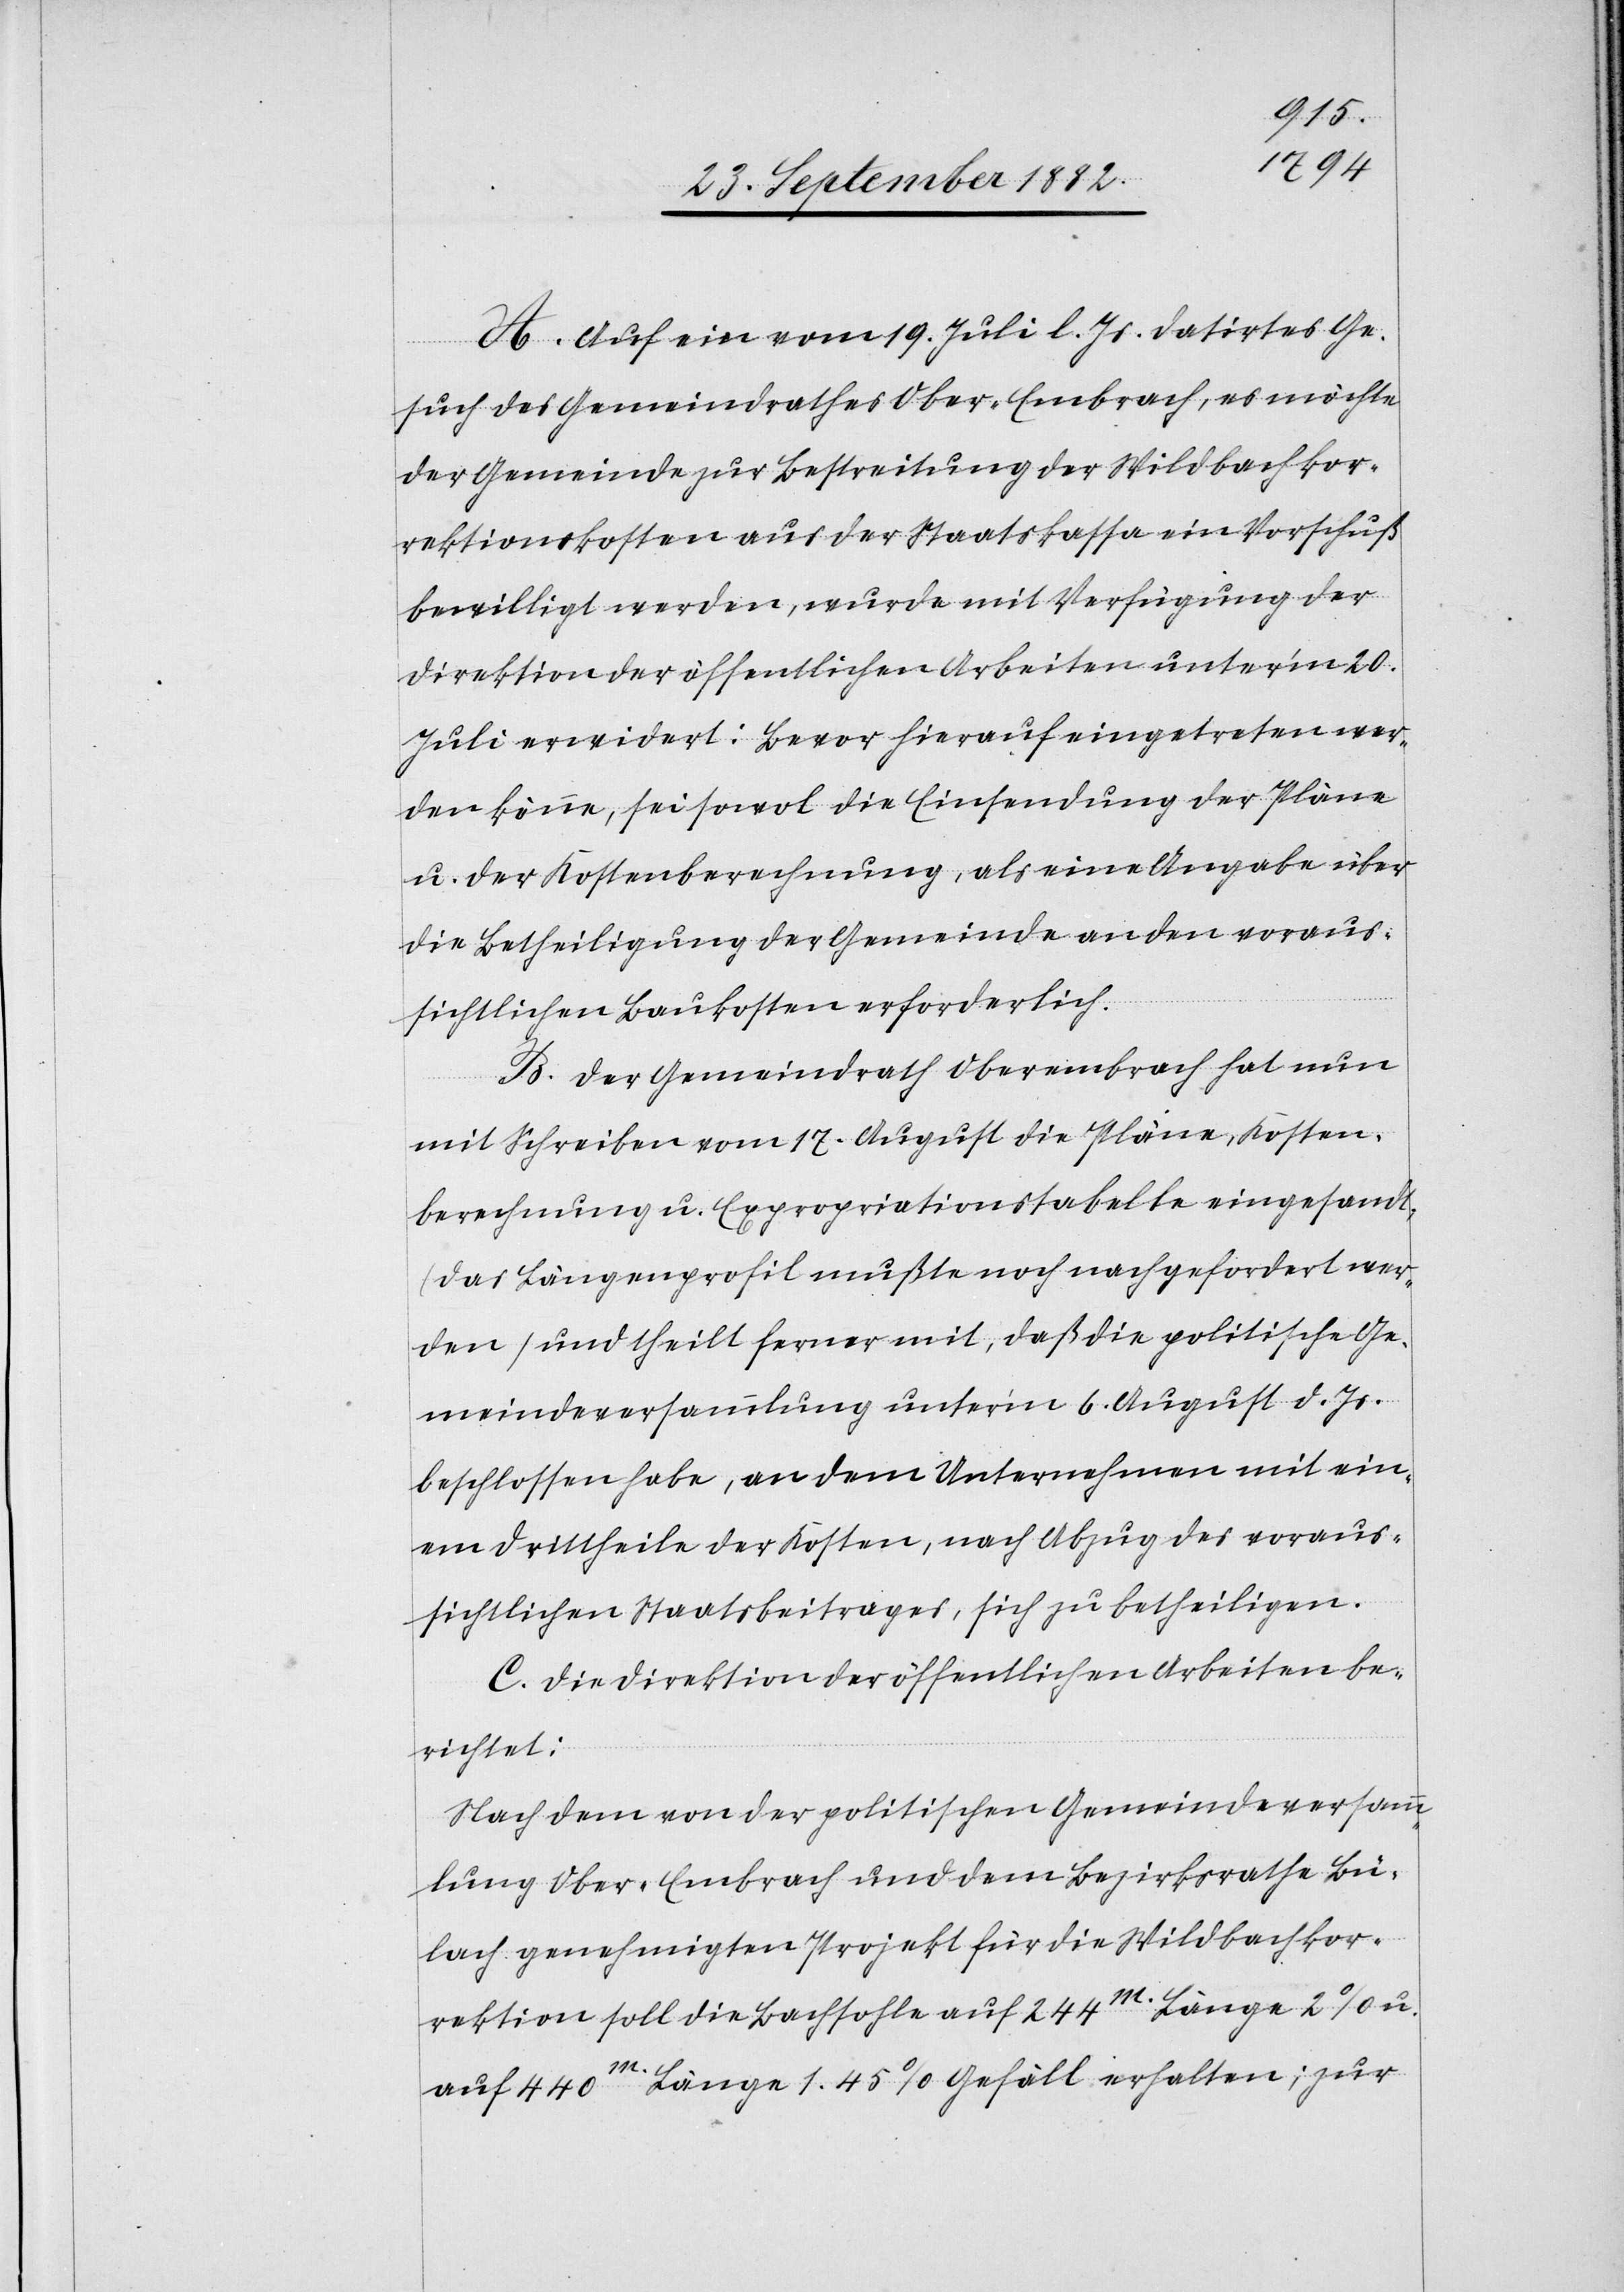
A. Auf ein vom 19. Juli d. Js. datirtes Ge¬
such des Gemeindrathes Ober-Embrach, es möchte
der Gemeinde zur Bestreitung des Wildbachkor¬
rektionskosten aus der Staatskassa ein Vorschuß
bewilligt werden, wurde mit Verfügung der
Direktion der öffentlichen Arbeiten unter’m 20.
Juli erwidert: Bevor hierauf eingetreten wer¬
den könne, sei sowol die Einsendung der Pläne
u. der Kostenberechnung, als eine Angabe über
die Betheiligung der Gemeinde an den voraus¬
sichtlichen Baukosten erforderlich.
B. Der Gemeindrath Oberembrach hat nun
mit Schreiben vom 17. August die Pläne, Kosten¬
berechnung u. Expropriationstabelle eingesandt
(das Längenprofil mußte noch nachgefordert wer¬
den) und theilt ferner mit, daß die politische Ge¬
meindeversammlung unter’m 6. August d. Js.
beschlossen habe, an dem Unternehmen mit ein¬
em Drittheile der Kosten, nach Abzug des voraus¬
sichtlichen Staatsbeitrages, sich zu betheiligen.
C. Die Direktion der öffentlichen Arbeiten be¬
richtet:
Nach dem von der politischen Gemeindeversamm¬
lung Ober-Embrach und dem Bezirksrathe Bü¬
lach genehmigten Projekt für die Wildbachkor¬
rektion soll die Bachsohle auf 244m Länge 2% u.
auf 440m Länge 1.45% Gefäll erhalten; zur